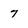
Character: 7